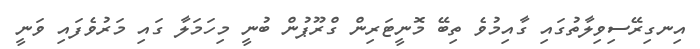
އިނގިރޭސިވިލާތުގައި ގާއިމުވެ ތިބޭ މޮނީޓަރިން ގްރޫޕުން ބުނީ މިހަމަލާ ގައި މަރުވެފައި ވަނީ